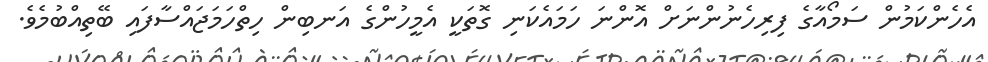
އެހެންކަމުން ސަމޯއާގެ ފިރިހެނުންނަށް އޮންނަ ހަމައެކަނި ގޮތަކީ އެމީހުންގެ އަނބިން ހިތްހަމަޖައްސާފައި ބޭތިއްބުމެވެ.